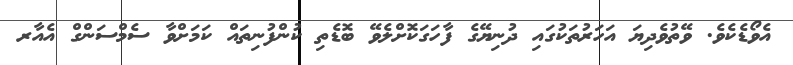
އެވޯޑެކެވެ. ވޭތުވެދިޔަ އަހަރުތަކުގައި ދުނިޔޭގެ ފާހަގަކޮށްލެވޭ ބޮޑެތި ކުންފުނިތައް ކަމަށްވާ ސެމްސަންގް އެއާރ